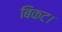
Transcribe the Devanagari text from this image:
बिकट।